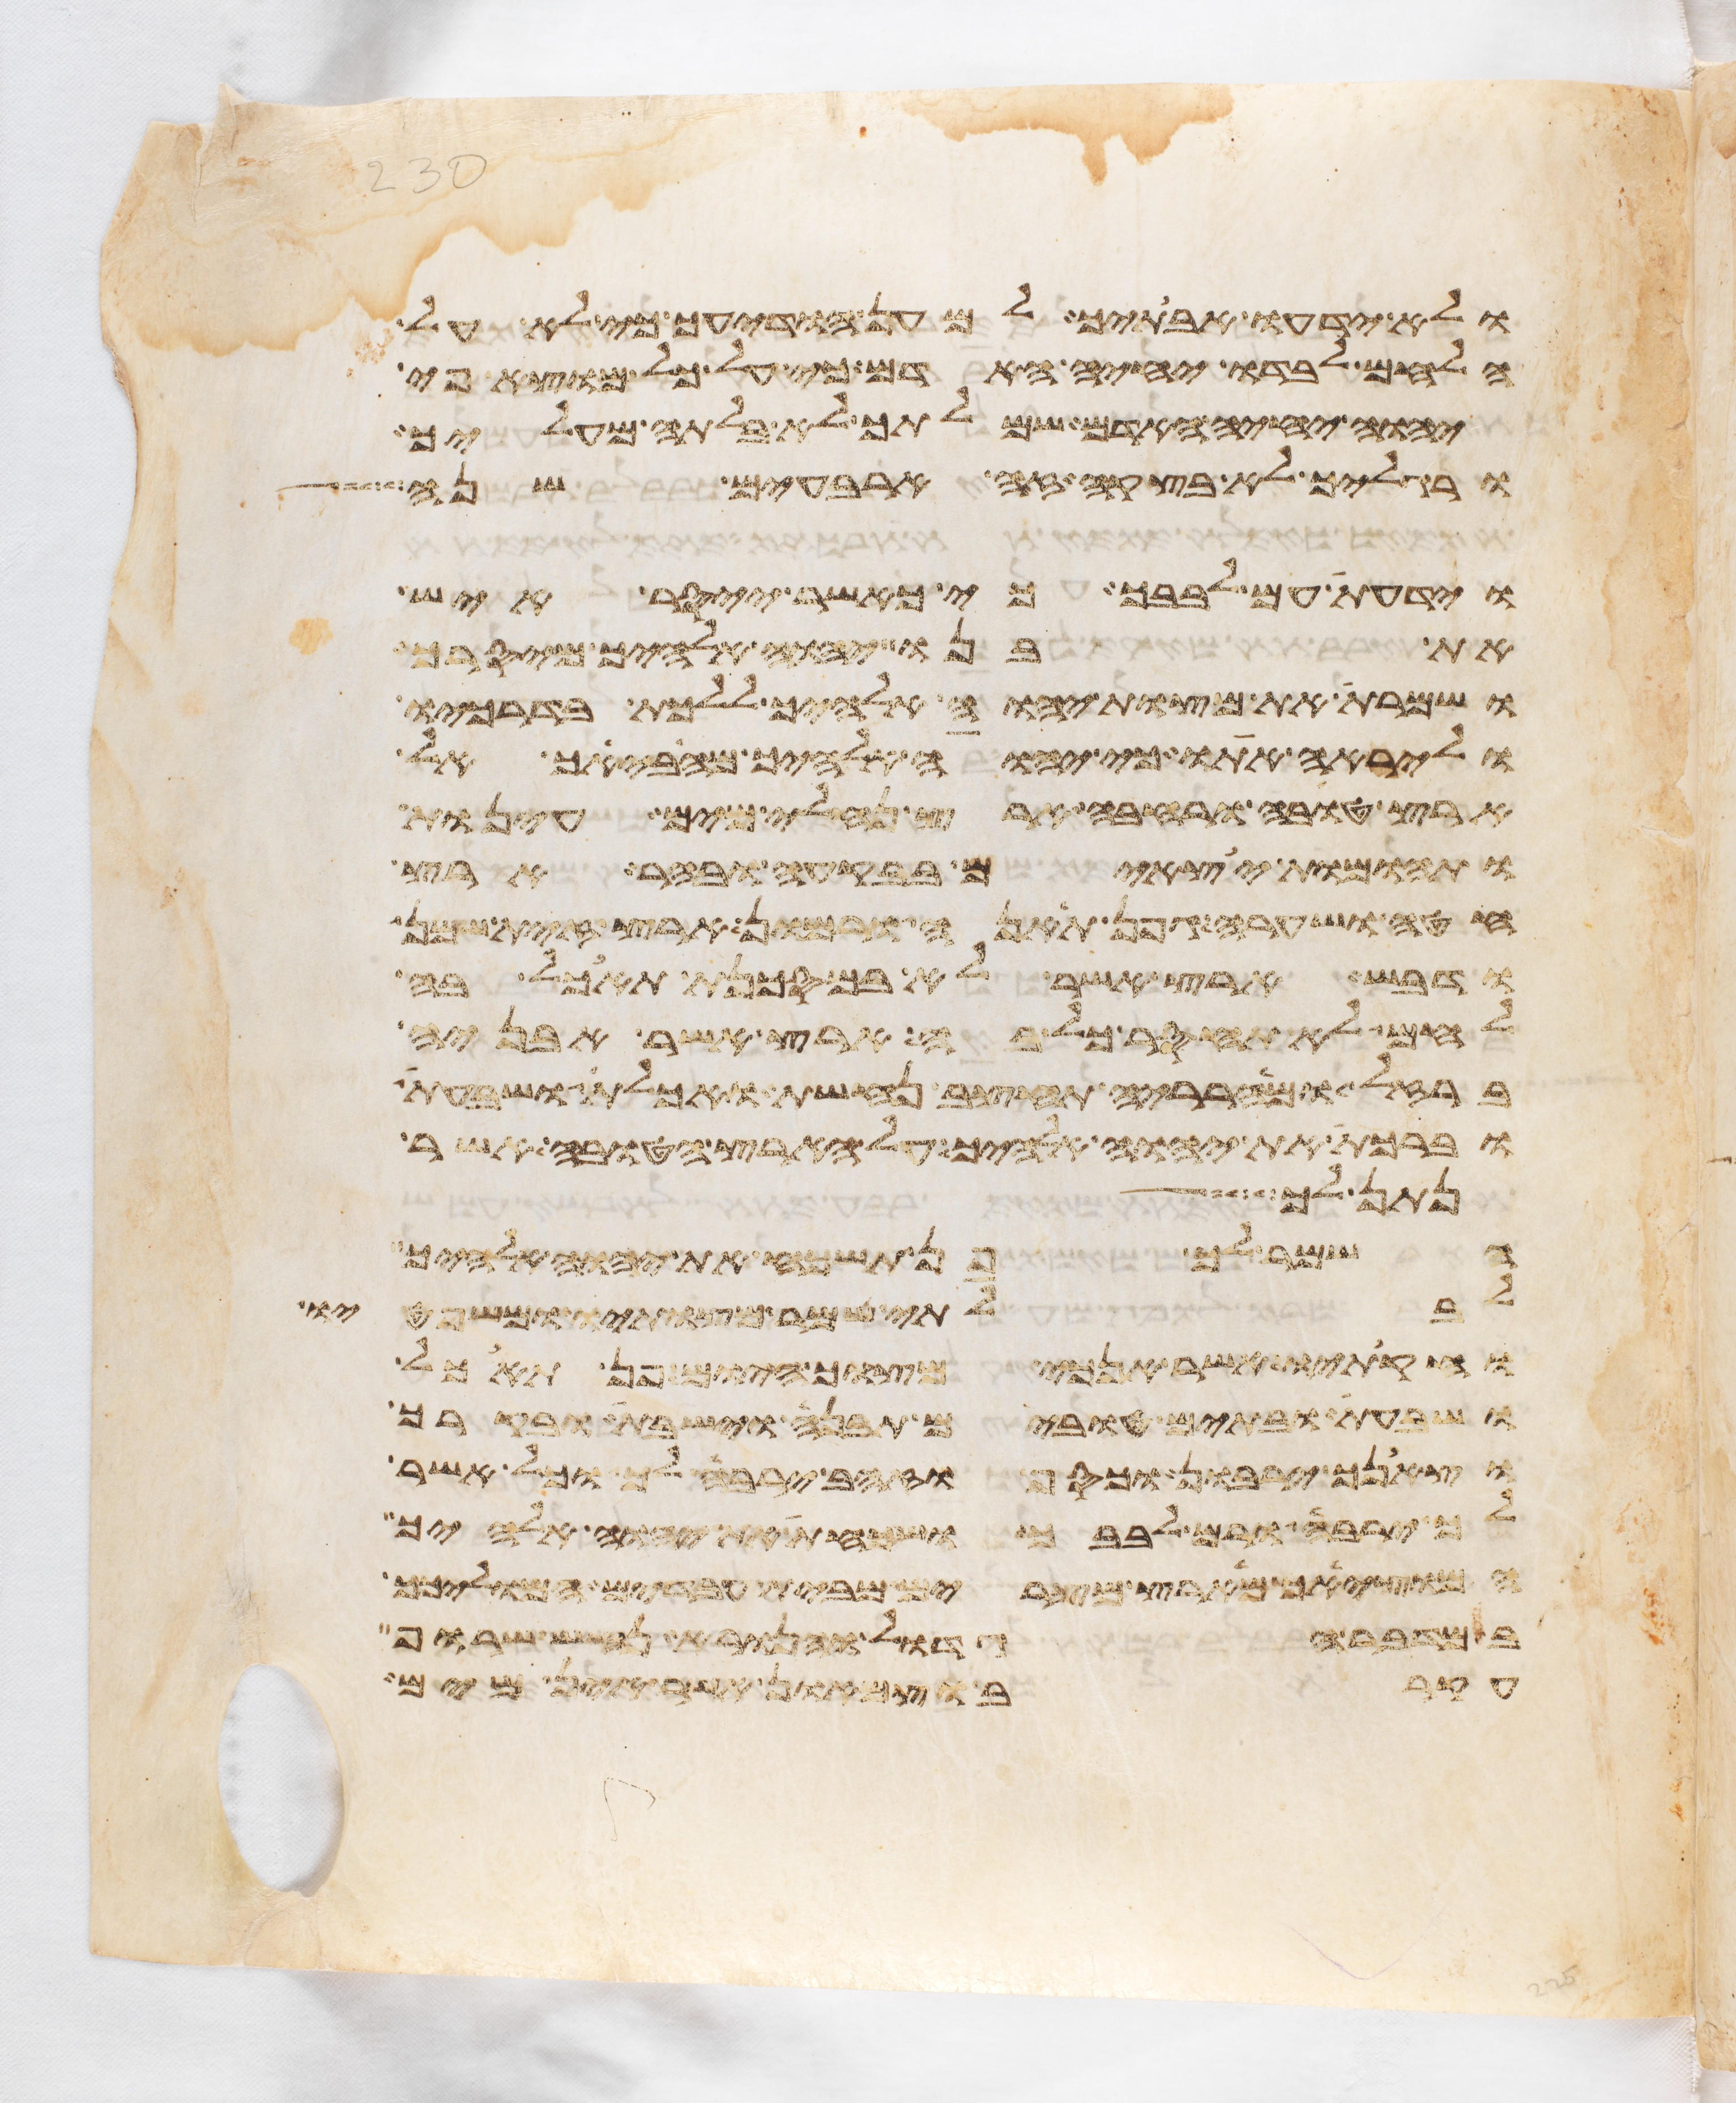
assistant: ולא ידעו אבתיך למען הודיעך כי לא על
הלחם לבדו יחיה האדם כי על כל מוצא פי
יהוה יחיה האדם שמלתך לא בלתה מעליך
ורגליך לא בצקה זה ארבעים שנה
וידעת עם לבבך כי כאשר ייסר איש
את בנו יהוה אלהיך מיסרך
ושמרת את מצות יהוה אלהיך ללכת בדרכיו
וליראה אתו כי יהוה אלהיך מביאך אל
ארץ טובה ורחבה ארץ נחלי מים עינות
תהומות יצאים בבקעה ובהר ארץ
חטה ושערה גפן תאנה ורמון ארץ זית שמן
ודבש ארץ אשר לא במסכנת תאכל בה
לחם לא תחסר כל בה ארץ אשר אבניה
ברזל ומהרריה תחצב נחשת ואכלת ושבעת
וברכת את יהוה אלהיך על הארץ הטובה אשר
נתן לך איש
השמר לך פן תשכח את יהוה אלהיך
לבלתי שמר מצותיו ומשפטיו
וחקתיו אשר אנכי מצוך היום פן תאכל
ושבעת ובתים טובים תבנה וישבת ובקרך
וצאנך ירבון וכסף וזהב ירבה לך וכל אשר
לך ירבה ורם לבבך ושכחת את יהוה אלהיך
המוציאך מארץ מצרים מבית עבדים המוליכך
במדבר הגדול והנורא נחש שרוף
עקרב וצמאון אשר אין מים